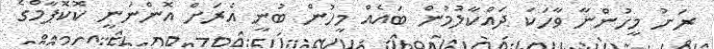
ރަށު މީހުންނާ ވާހަކަ ދައްކާލުމުން ބައެއް މީހުން ބުނީ އެރަށް އޮންނަނީ ކޮކޮޕާމްގެ